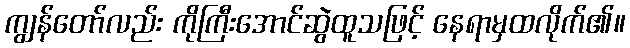
ကျွန်တော်လည်း ကိုကြီးအောင်ဆွဲထူသဖြင့် နေရာမှထလိုက်၏။